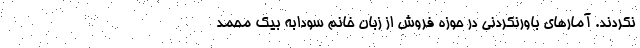
نکردند. آمارهای باورنکردنی در حوزه فروش از زبان خانم سودابه بیک محمد